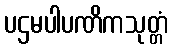
ပဌမပါပဏိကသုတ္တံ